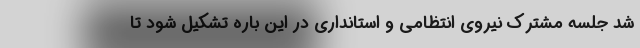
شد جلسه مشترک نیروی انتظامی و استانداری در این باره تشکیل شود تا